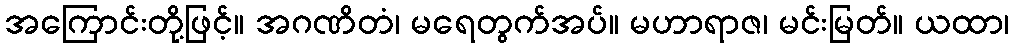
အကြောင်းတို့ဖြင့်။ အဂဏိတံ၊ မရေတွက်အပ်။ မဟာရာဇ၊ မင်းမြတ်။ ယထာ၊